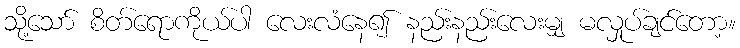
သို့သော် စိတ်ရောကိုယ်ပါ လေးလံနေ၍ နည်းနည်းလေးမျှ မလှုပ်ချင်တော့။